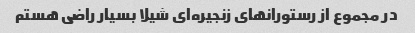
در مجموع از رستورانهای زنجیره‌ای شیلا بسیار راضی هستم